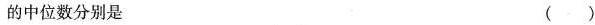
的中位数分别是 ()